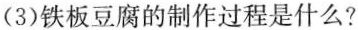
(3)铁板豆腐的制作过程是什么?